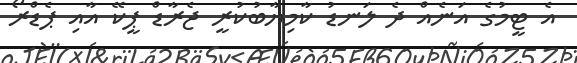
އެ ޓީމުގެ އަނެއް ދެ ލަނޑު ކާމިޔާބުކުރީ ޖެރާޑް ޕީކޭ އާއި ޕެޑްރޯ